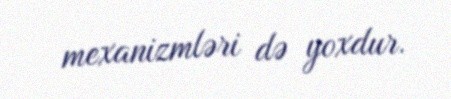
mexanizmləri də yoxdur.